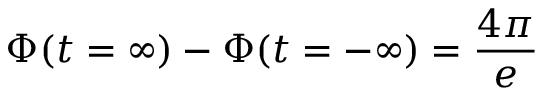
\Phi ( t = \infty ) - \Phi ( t = - \infty ) = \frac { 4 \pi } { e }